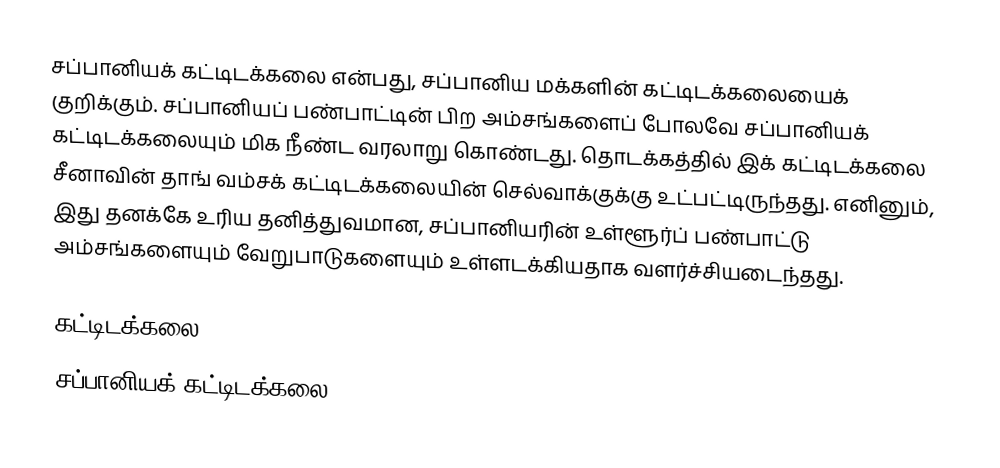
சப்பானியக் கட்டிடக்கலை என்பது, சப்பானிய மக்களின் கட்டிடக்கலையைக் குறிக்கும். சப்பானியப் பண்பாட்டின் பிற அம்சங்களைப் போலவே சப்பானியக் கட்டிடக்கலையும் மிக நீண்ட வரலாறு கொண்டது. தொடக்கத்தில் இக் கட்டிடக்கலை சீனாவின் தாங் வம்சக் கட்டிடக்கலையின் செல்வாக்குக்கு உட்பட்டிருந்தது. எனினும், இது தனக்கே உரிய தனித்துவமான, சப்பானியரின் உள்ளூர்ப் பண்பாட்டு அம்சங்களையும் வேறுபாடுகளையும் உள்ளடக்கியதாக வளர்ச்சியடைந்தது.

கட்டிடக்கலை
சப்பானியக் கட்டிடக்கலை